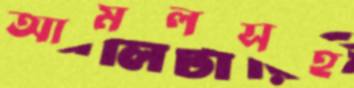
আমলসহ